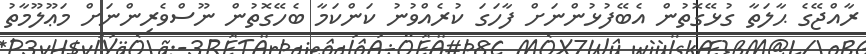
ރާއްޖޭގެ ޙާލަތާ ގުޅޭގޮތުން އެބޭފުޅުންނަށް ފާހަގަ ކުރެއްވުނު ކަންކަމާ ބެހޭގޮތުން ނޫސްވެރިންނަށް މަޢޫލޫމާތު